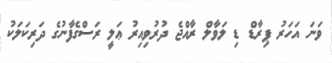
ވަނަ އަހަރު ޕިރާޑް ޑި ލަވާލް ރާއްޖެ ދުރުވިއިރު ޢަލީ ރަސްގެފާނުގެ ދަރިކަލަކު